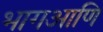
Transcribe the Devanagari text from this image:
भागआणि